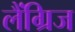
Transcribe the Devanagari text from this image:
लैंग्रिज